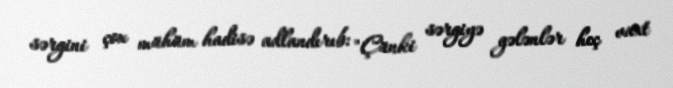
sərgini çox mühüm hadisə adlandırıb: "Çünki sərgiyə gələnlər heç vaxt